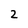
Character: 2